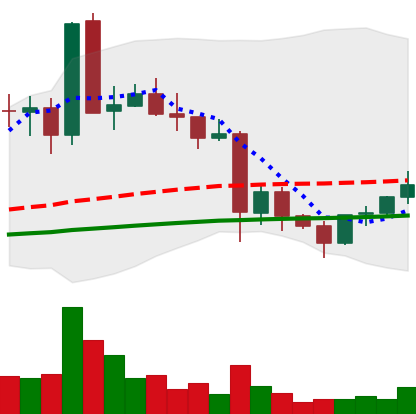
Ticker: EOS-USD
Chart end date: 2021-05-27
Forward return: -9.643%
Label: down_7plus